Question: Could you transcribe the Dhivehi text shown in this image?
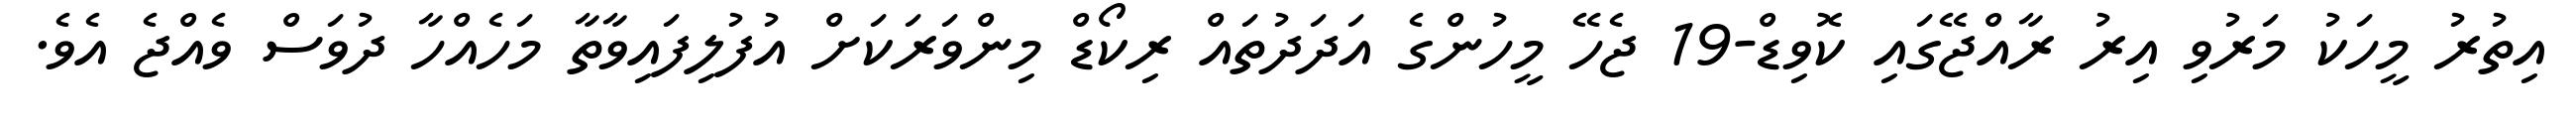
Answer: އިތުރު މީހަކު މަރުވި އިރު ރާއްޖޭގައި ކޮވިޑް-19 ޖެހޭ މީހުންގެ އަދަދުތައް ރިކޯޑް މިންވަރަކަށް އުފުލިފައިވާތާ މަހެއްހާ ދުވަސް ވެއްޖެ އެވެ.